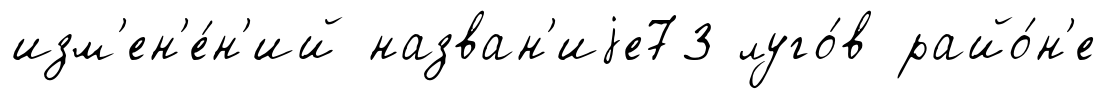
изм'ен'е́н'ий назван'иjе73 луго́в райо́н'е